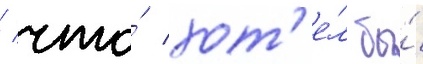
/ что́ хот'е́л бы́